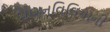
બોગનવિલિયાની